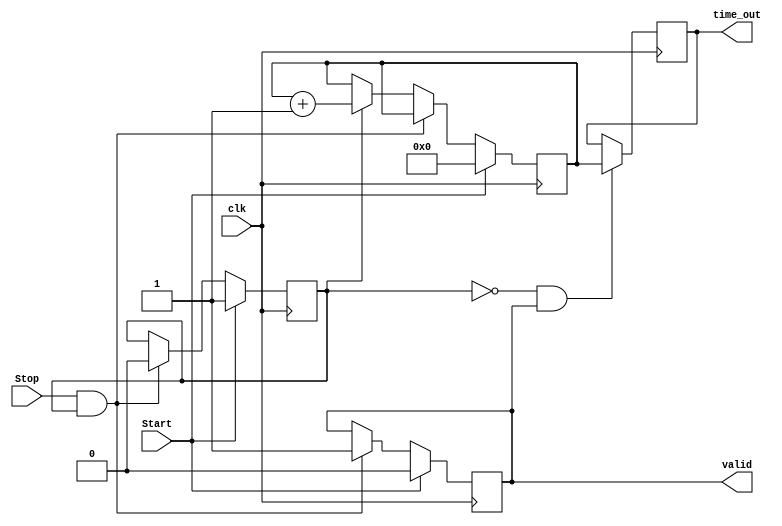
module TDC (
    input wire clk,                // High-frequency clock
    input wire Start,              // Start signal
    input wire Stop,               // Stop signal
    output reg [N-1:0] time_out,   // Output time interval
    output reg valid               // Valid output signal
);

parameter N = 10;               // Number of bits for output (example: 10 bits for 1024 counts)
parameter DELAY_STAGES = 10;    // Number of stages in delay line
reg [N-1:0] counter;            // Digital counter
reg [DELAY_STAGES-1:0] delay_line; // Delay line
reg measuring;                  // Measuring flag

// Clock Generation: (Assuming an external clock is provided)
// A PLL or ring oscillator may be used in actual design

// Start and Stop signal detection using edge-triggered behavior
always @(posedge clk) begin
    if (Start) begin
        counter <= 0;           // Reset counter on Start
        measuring <= 1;         // Set measuring flag
        valid <= 0;             // Reset valid output
    end else if (Stop && measuring) begin
        measuring <= 0;         // Clear measuring flag
        valid <= 1;             // Set valid output when stopped
    end else if (measuring) begin
        counter <= counter + 1; // Increment counter while measuring
    end
end

// Delay line implementation
always @(posedge clk) begin
    if (measuring) begin
        // Shift delay line to create time resolution
        delay_line <= {delay_line[DELAY_STAGES-2:0], 1'b1}; // Simulated delay for each clock
    end else begin
        delay_line <= 0;         // Clear delay line when not measuring
    end
end

// Time encoding logic
always @(posedge clk) begin
    if (!measuring && valid) begin
        time_out <= counter;     // Capture the counter value as the output
    end
end

endmodule